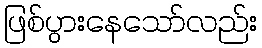
ဖြစ်ပွားနေသော်လည်း